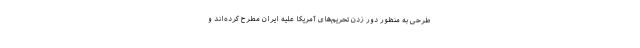
طرحی به منظور دور زدن تحریم‌های آمریکا علیه ایران مطرح کرده‌اند و